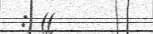
: ((